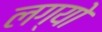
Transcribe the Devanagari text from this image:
लग्‍यो